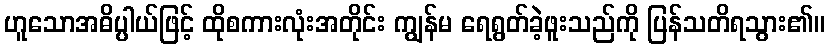
ဟူသောအဓိပ္ပါယ်ဖြင့် ထိုစကားလုံးအတိုင်း ကျွန်မ ရေရွတ်ခဲ့ဖူးသည်ကို ပြန်သတိရသွား၏။